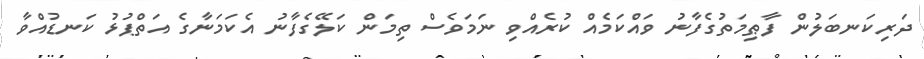
ދަރިކަނބަލުން ފާޠިމަތުގެފާނު ވައްކަމެއް ކުރެއްވި ނަމަވެސް ތިމަން ކަލޭގެފާނު އެކަމަނާގެ އަތްޕުޅު ކަނޑުއްވާ